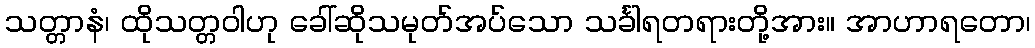
သတ္တာနံ၊ ထိုသတ္တဝါဟု ခေါ်ဆိုသမုတ်အပ်သော သင်္ခါရတရားတို့အား။ အာဟာရတော၊